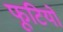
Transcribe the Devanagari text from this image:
फूटियो